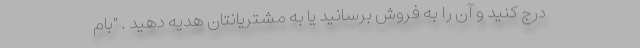
درج کنید و آن را به فروش برسانید یا به مشتریانتان هدیه دهید . "بام